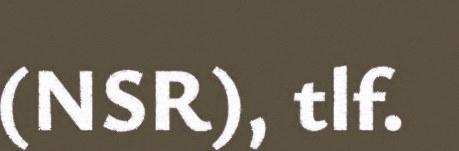
(NSR), tlf.